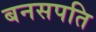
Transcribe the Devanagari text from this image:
बनसपति